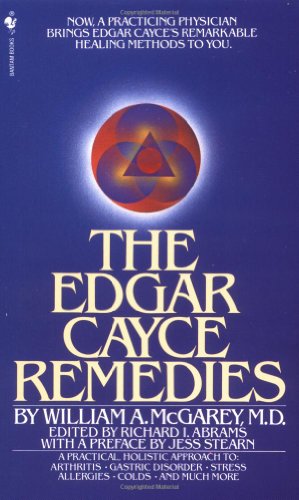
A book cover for The Edgar Cayce Remedies; William A. McGarey; Religion & Spirituality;